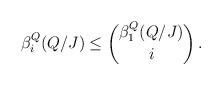
LaTeX: \begin{align*}\beta_{i}^{Q}(Q/J)\leq \binom{\beta_{1}^{Q}(Q/J)}i\,.\end{align*}